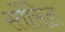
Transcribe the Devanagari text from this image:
स्तेंसिल